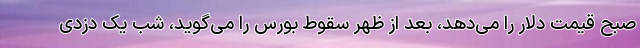
صبح قیمت دلار را می‌دهد، بعد از ظهر سقوط بورس را می‌گوید، شب یک دزدی